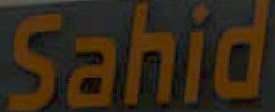
Sahid